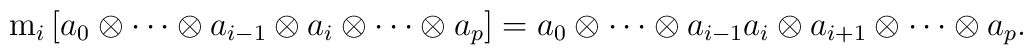
{\rm m}_i \left[ a_0 \otimes  \cdots \otimes a_{i-1}\otimes a_i \otimes \cdots \otimes a_p \right]= a_0 \otimes \cdots \otimes a_{i-1} a_i\otimes a_{i+1} \otimes \cdots \otimes a_p.